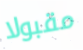
مقبولا